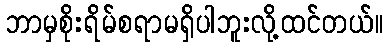
ဘာမှစိုးရိမ်စရာမရှိပါဘူးလို့ထင်တယ်။